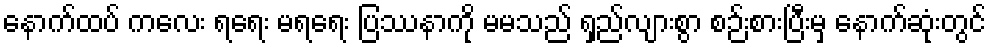
နောက်ထပ် ကလေး ရရေး မရရေး ပြဿနာကို မမသည် ရှည်လျားစွာ စဉ်းစားပြီးမှ နောက်ဆုံးတွင်